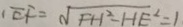
E F = \sqrt { F H ^ { 2 } - H E ^ { 2 } } = 1